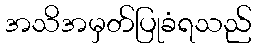
အသိအမှတ်ပြုခံရသည်